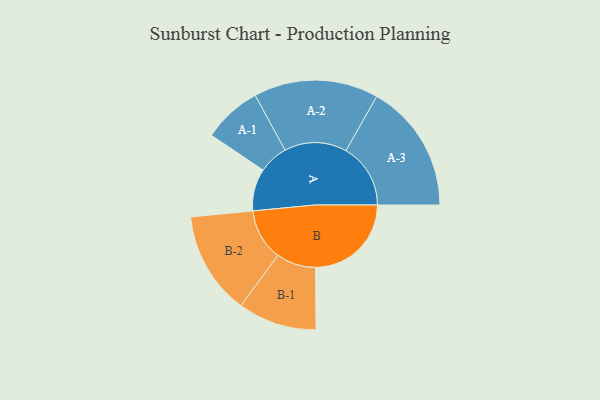
{"axis": {"x": "Segment", "y": "Value"}, "legend": ["", "A", "B"], "data": [{"x": "A", "y": 184, "type": ""}, {"x": "B", "y": 418, "type": ""}, {"x": "A-1", "y": 128, "type": "A"}, {"x": "A-2", "y": 272, "type": "A"}, {"x": "A-3", "y": 282, "type": "A"}, {"x": "B-1", "y": 172, "type": "B"}, {"x": "B-2", "y": 225, "type": "B"}]}